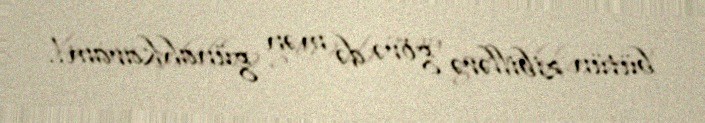
bütün zibillərə görə də mən günahkaram!.